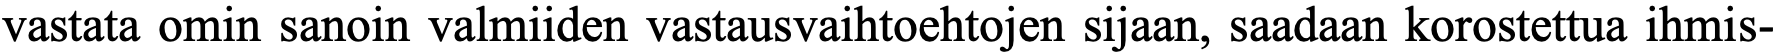
vastata omin sanoin valmiiden vastausvaihtoehtojen sijaan, saadaan korostettua ihmis-